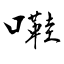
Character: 嚡